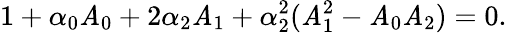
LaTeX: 1+\alpha_{0}\mathit{A}_{0}+2\alpha_{2}\mathit{A}_{1}+\alpha_{2}^{2}(\mathit{A}_{1}^{2}-\mathit{A}_{0}\mathit{A}_{2})=0.